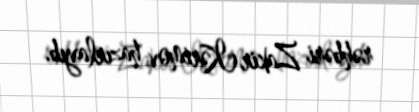
rəhbəri Zakir Kərimov hazırlayıb.